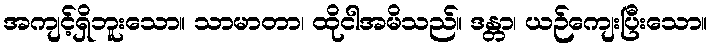
အကျင့်ရှိဘူးသော။ သာမာတာ၊ ထိုငါအမိသည်။ ဒန္တာ၊ ယဉ်ကျေးပြီးသော။